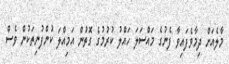
މާލެއަށް ދިމާވެފައިވާ ފެނުގެ މައްސަލަ ހައްލު ކުރުމުގެ ގޮތުން އަމިއްލަ ކުންފުނިތަކުން ވެސް